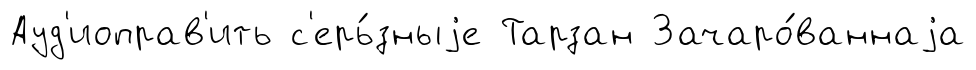
Ауд'иоправ'ить с'ерь́зныjе Тарзан Зачаро́ваннаjа